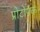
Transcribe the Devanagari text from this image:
प्रोटोपंक